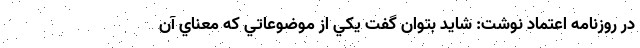
در روزنامه اعتماد نوشت: شايد بتوان گفت يكي از موضوعاتي كه معناي آن